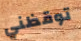
توقظني